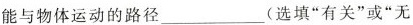
能与物体运动的路径___(选填”有关”或”无